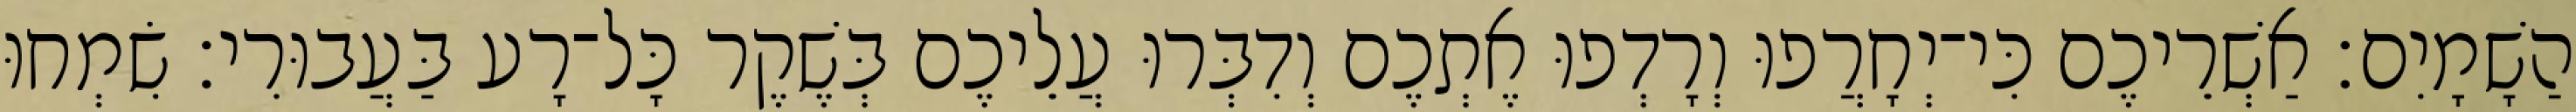
הַשָׁמָיִם׃ אַשְׁרֵיכֶם כִּי־יְחָרֲפוּ וְרָדְפוּ אֶתְכֶם וְדִבְּרוּ עֲלֵיכֶם בְּשֶׁקֶר כָּל־רָע בַּעֲבוּרִי׃ שִׂמְחוּ